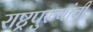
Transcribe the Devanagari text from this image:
राष्ट्रपुरुषांची